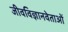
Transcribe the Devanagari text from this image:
जीवविज्ञानवेताओं